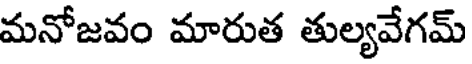
మనోజవం మారుత తుల్యవేగమ్